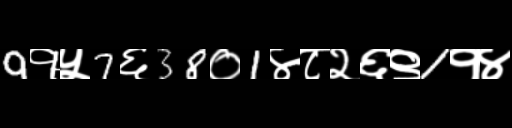
Text: 9१५7६38०1४८२६९1१४